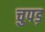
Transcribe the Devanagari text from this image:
चुपड़